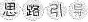
思路引导